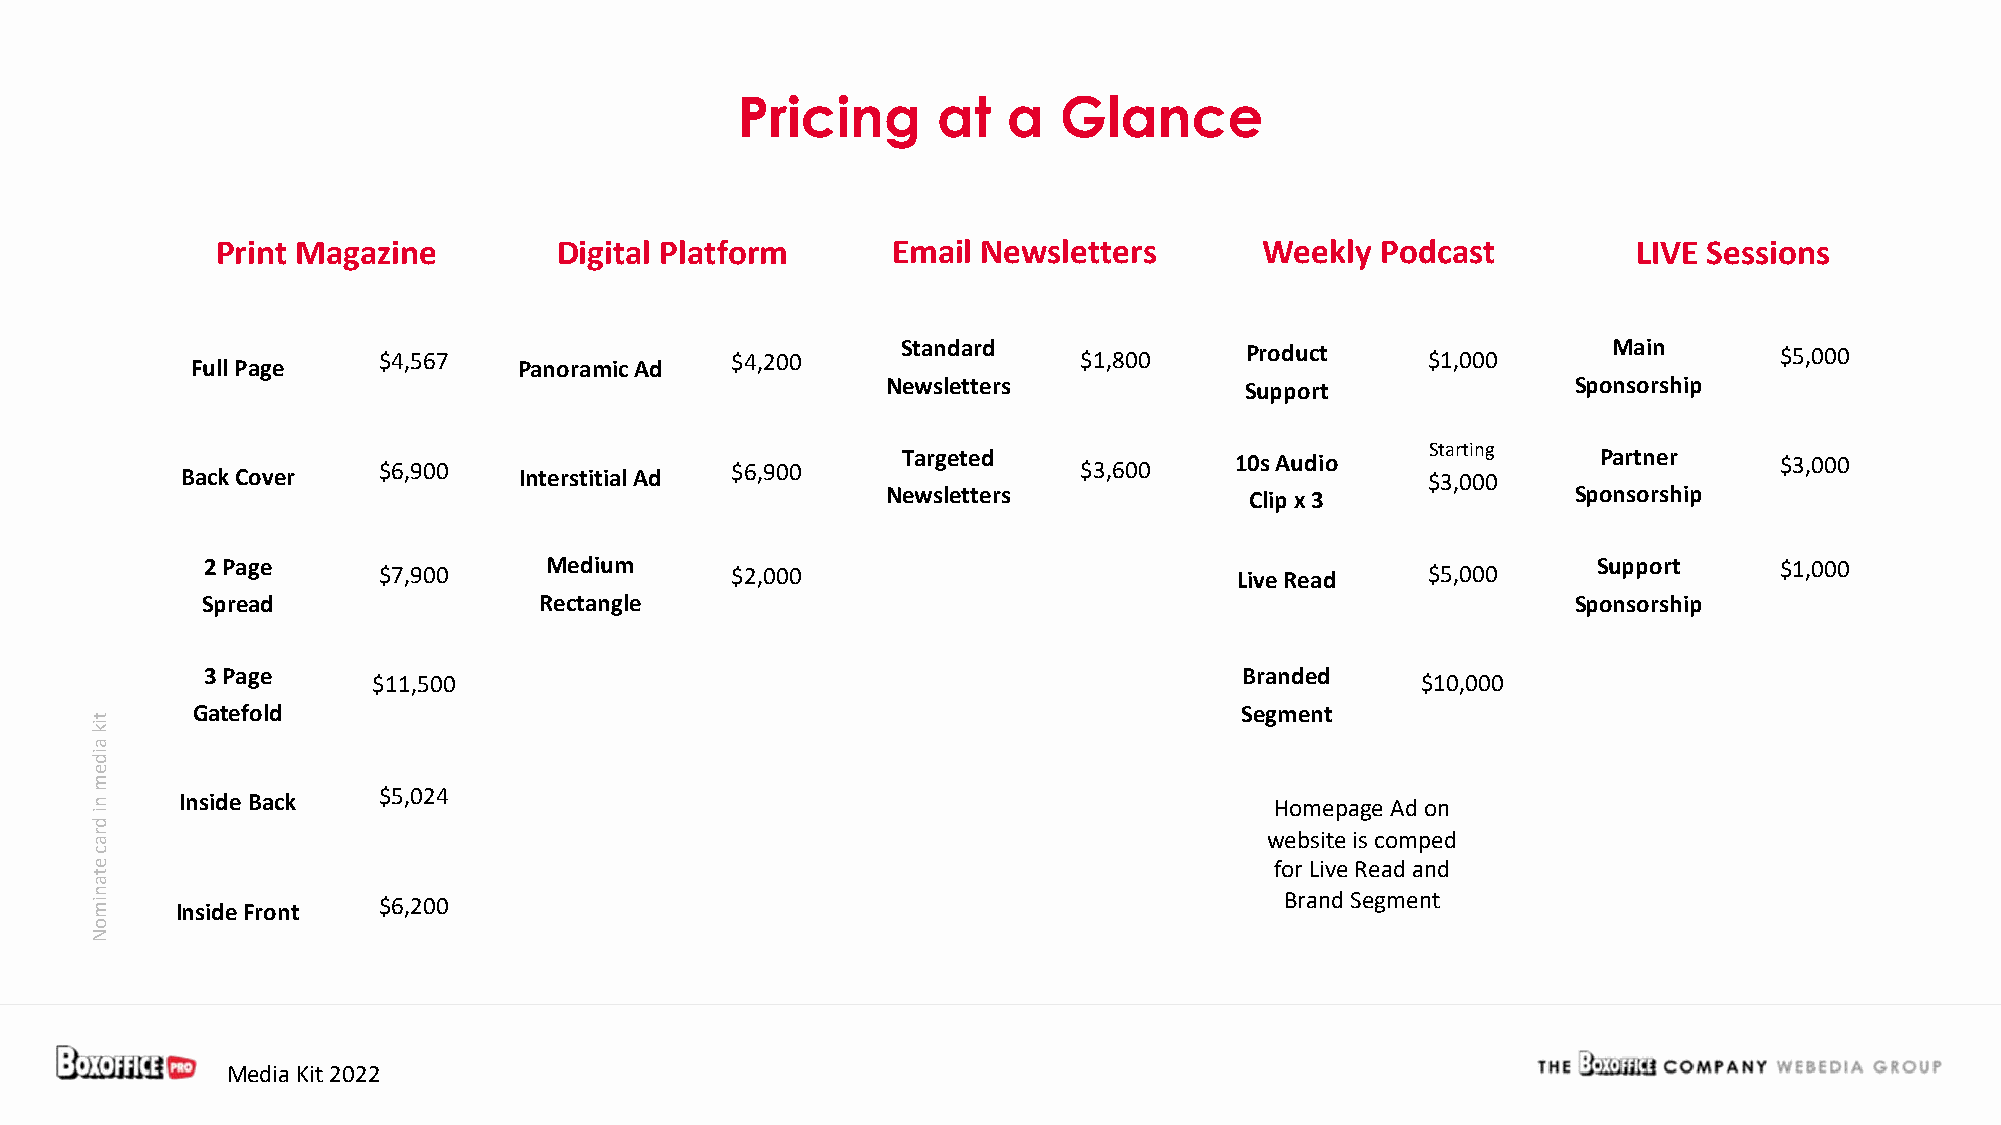
Pricing      at   a  Glance
 Print Magazine         Digital Platform      Email Newsletters        Weekly Podcast          LIVE Sessions
 Full Page   $4,567   Panoramic Ad  $4,200      Standard   $1,800     Product     $1,000       Main       $5,000
 Newsletters            Support               Sponsorship
 Back Cover   $6,900   Interstitial Ad $6,900    Targeted   $3,600     10s Audio   $St 3a ,r 0ti 0n 0g Partner $3,000
 Newsletters             Clip x 3             Sponsorship
 2 Page      $7,900     Medium      $2,000                            Live Read   $5,000      Support     $1,000
 Spread                 Rectangle                                                           Sponsorship
 3 Page                                                               Branded
 $11,500                                                              $10,000
 Gatefold                                                             Segment
 Inside Back  $5,024                                                     Homepage Ad on
 website is comped
 for Live Read and
 Inside Front $6,200                                                      Brand Segment
 Media Kit 2022
 tik
 aidem
 ni
 drac
 etanimoN